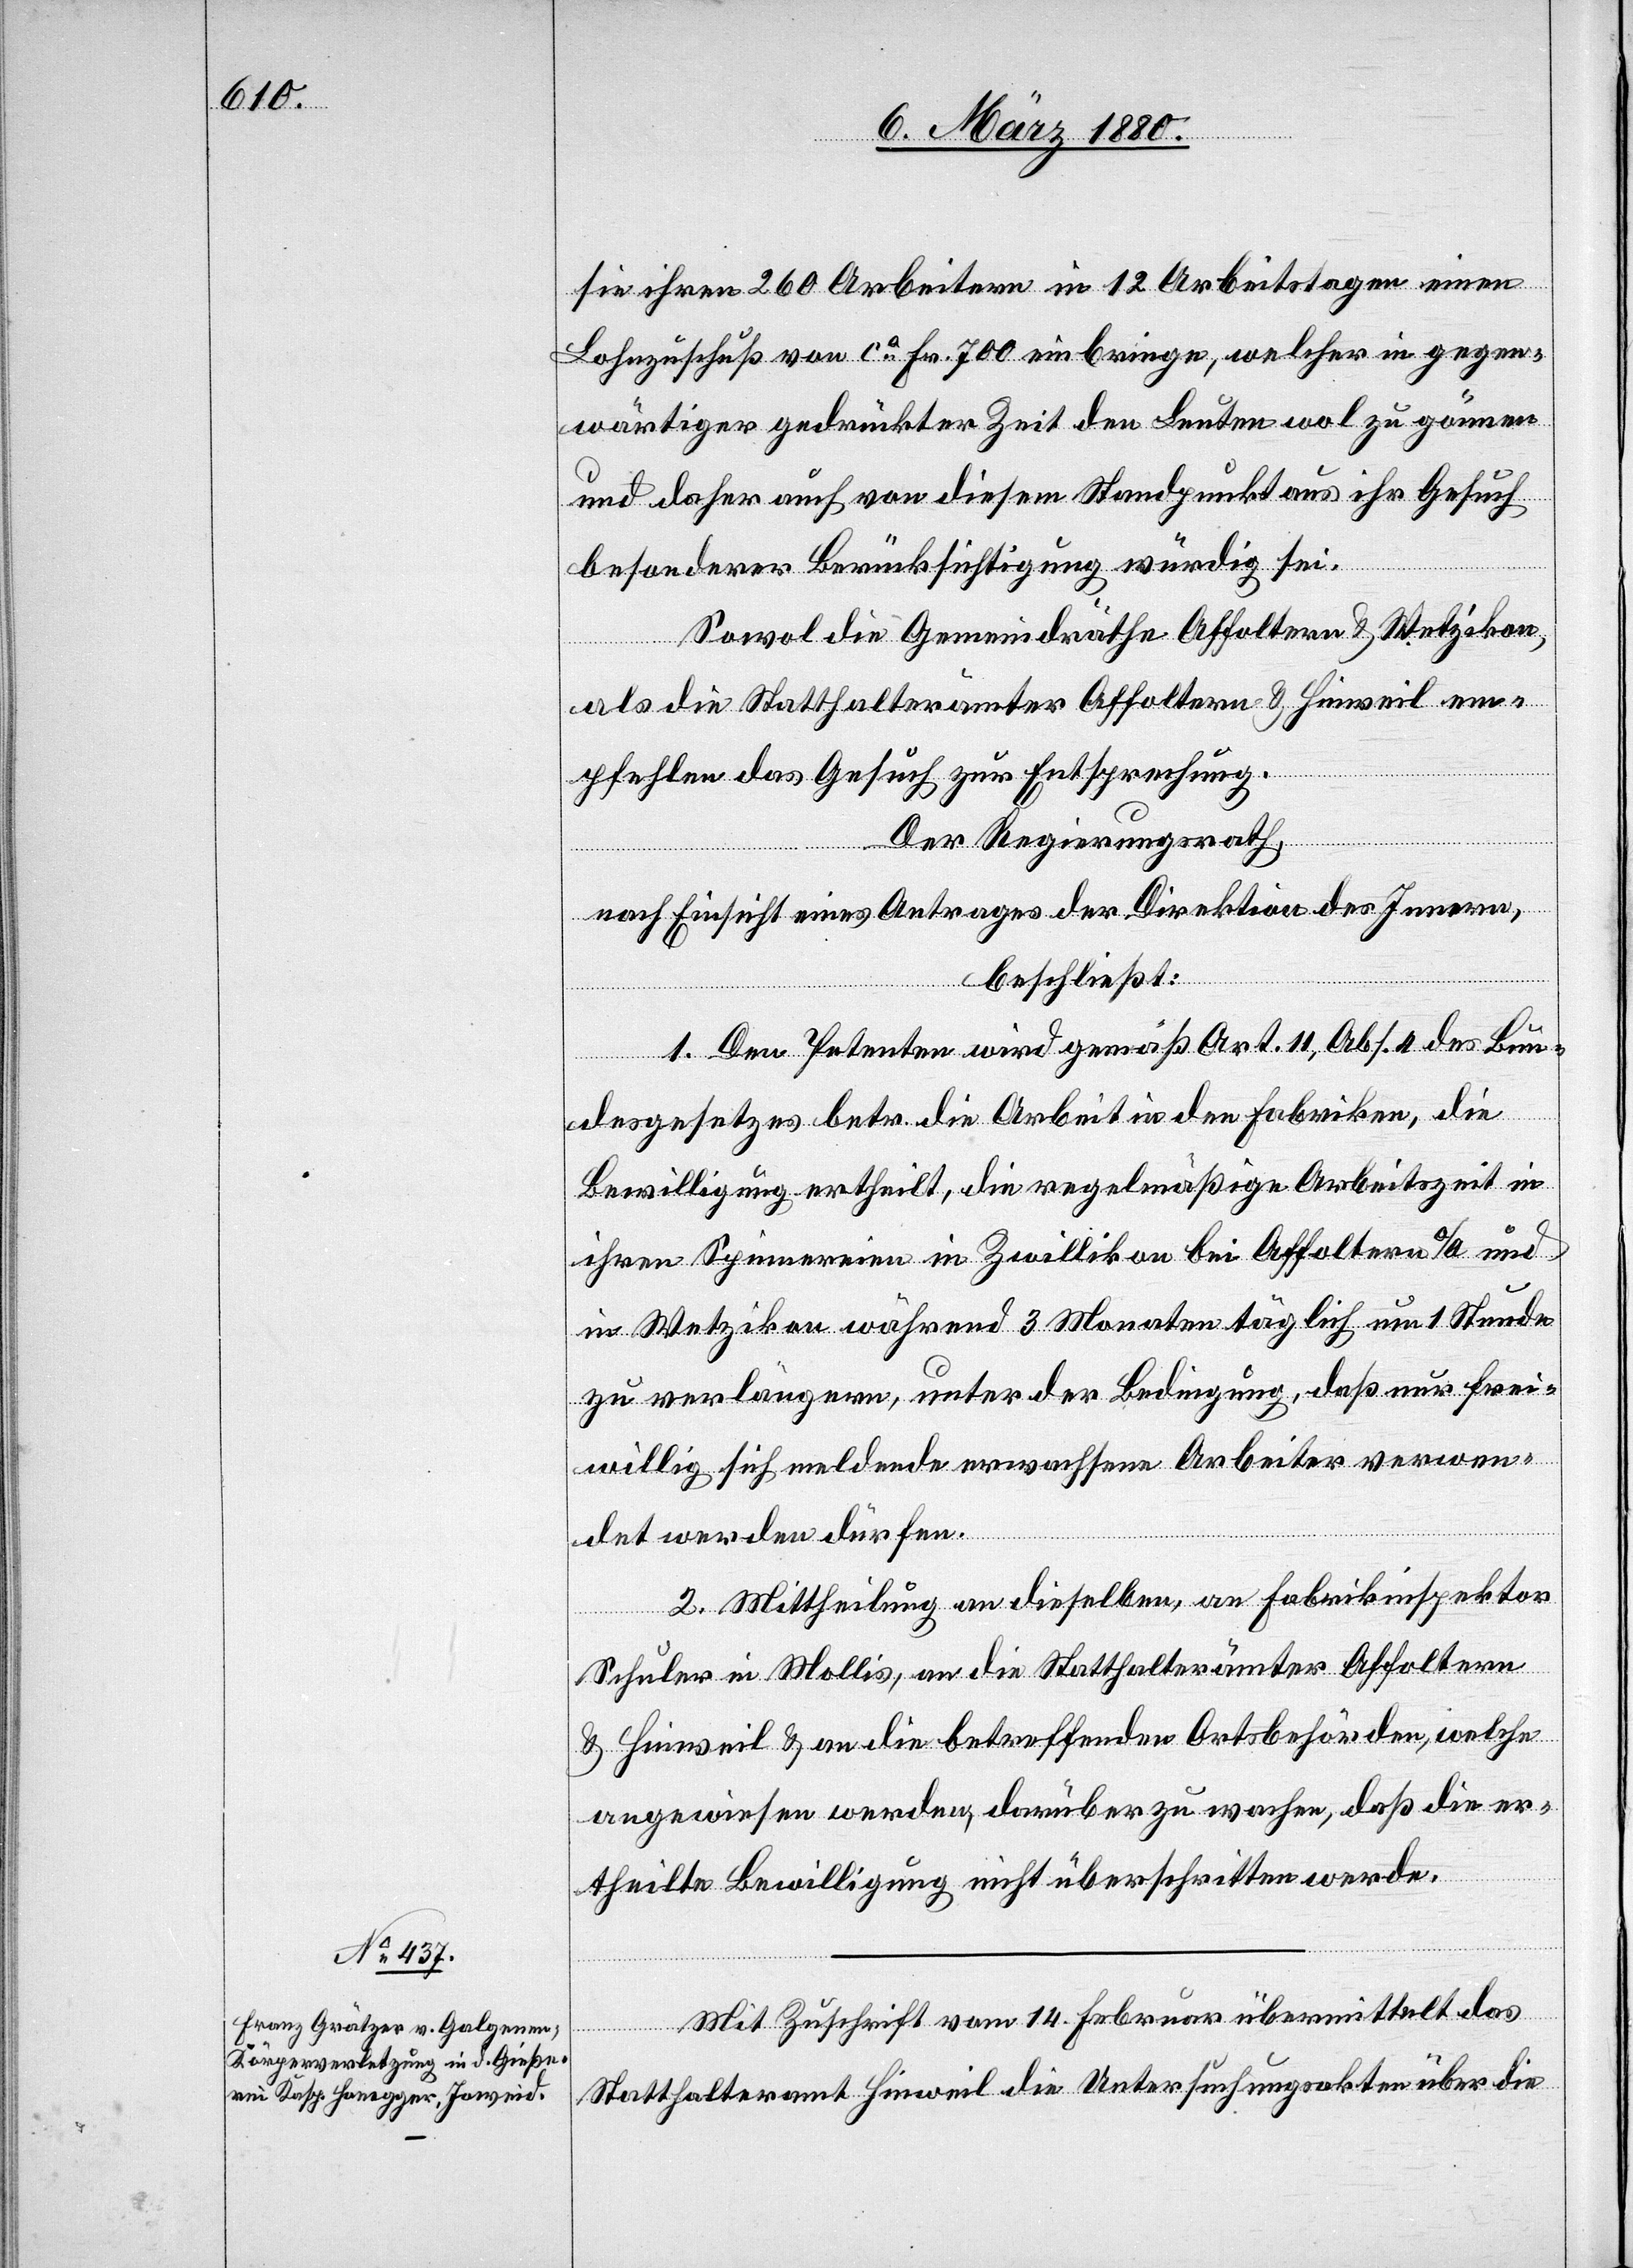
sie ihren 260 Arbeitern in 12 Arbeitstagen einen
Lohnzuschuß von ca Fr. 700 einbringen, welcher in gegen¬
wärtiger gedrückter Zeit den Leuten wol zu gönnen
und daher auch von diesem Standpunkt aus ihr Gesuch
besonderer Berücksichtigung würdig sei.
Sowol die Gemeindräthe Affoltern & Wetzikon,
als die Statthalterämter Affoltern & Hinweil em¬
pfehlen das Gesuch zur Entsprechung.
Der Regierungsrath,
nach Einsicht eines Antrages der Direktion des Innern,
beschließt:
1. Den Petenten wird gemäß Art. 11, Abs. 4 des Bun¬
desgesetzes betr. die Arbeit in den Fabriken, die
Bewilligung ertheilt, die regelmäßige Arbeitszeit in
ihren Spinnereien in Zwillikon bei Affoltern a/A. und
in Wetzikon während 3 Monaten täglich um 1 Stunde
zu verlängern, unter der Bedingung, daß nur frei¬
willig sich meldende erwachsene Arbeiter verwen¬
det werden dürfen.
2. Mittheilung an dieselben, an Fabrikinspektor
Schuler in Mollis, an die Statthalterämter Affoltern
& Hinweil & an die betreffenden Ortsbehörden, welche
angewiesen werden, darüber zu wachen, daß die er¬
theilte Bewilligung nicht überschritten werde.
Mit Zuschrift vom 14. Februar übermittelt das
Statthalteramt Hinweil die Untersuchungsakten über die